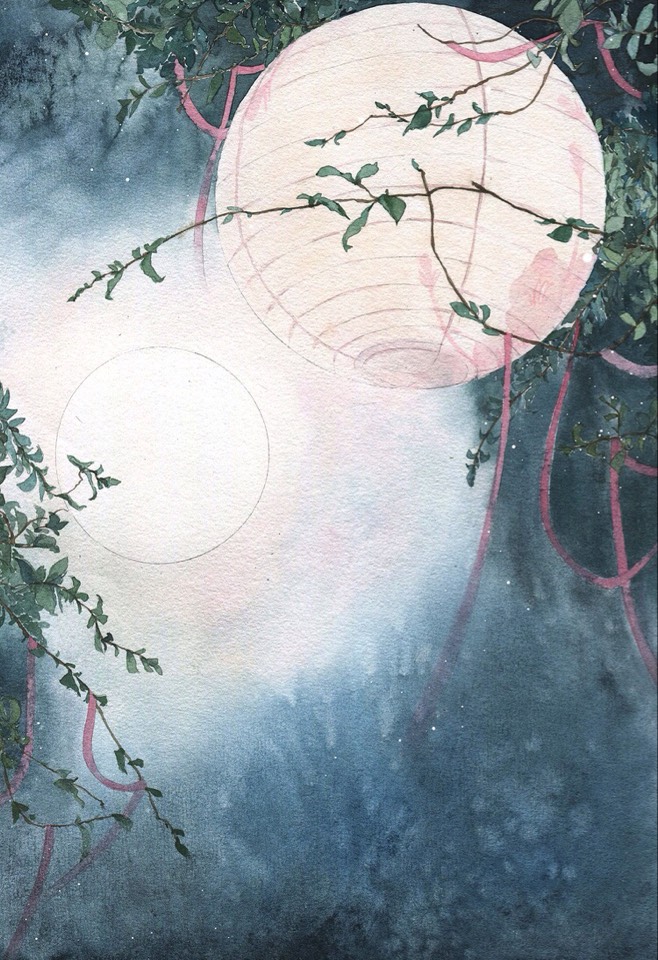
为近都门多送别，长条折尽减春风。